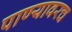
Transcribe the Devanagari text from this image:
पाण्यावरच